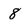
Character: 8